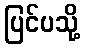
ပြင်ပသို့